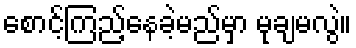
စောင့်ကြည့်နေခဲ့မည်မှာ မုချမလွဲ။